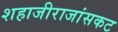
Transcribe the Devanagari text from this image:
शहाजीराजांसकट